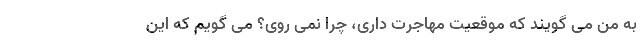
به من می گویند که موقعیت مهاجرت داری، چرا نمی روی؟ می گویم که این